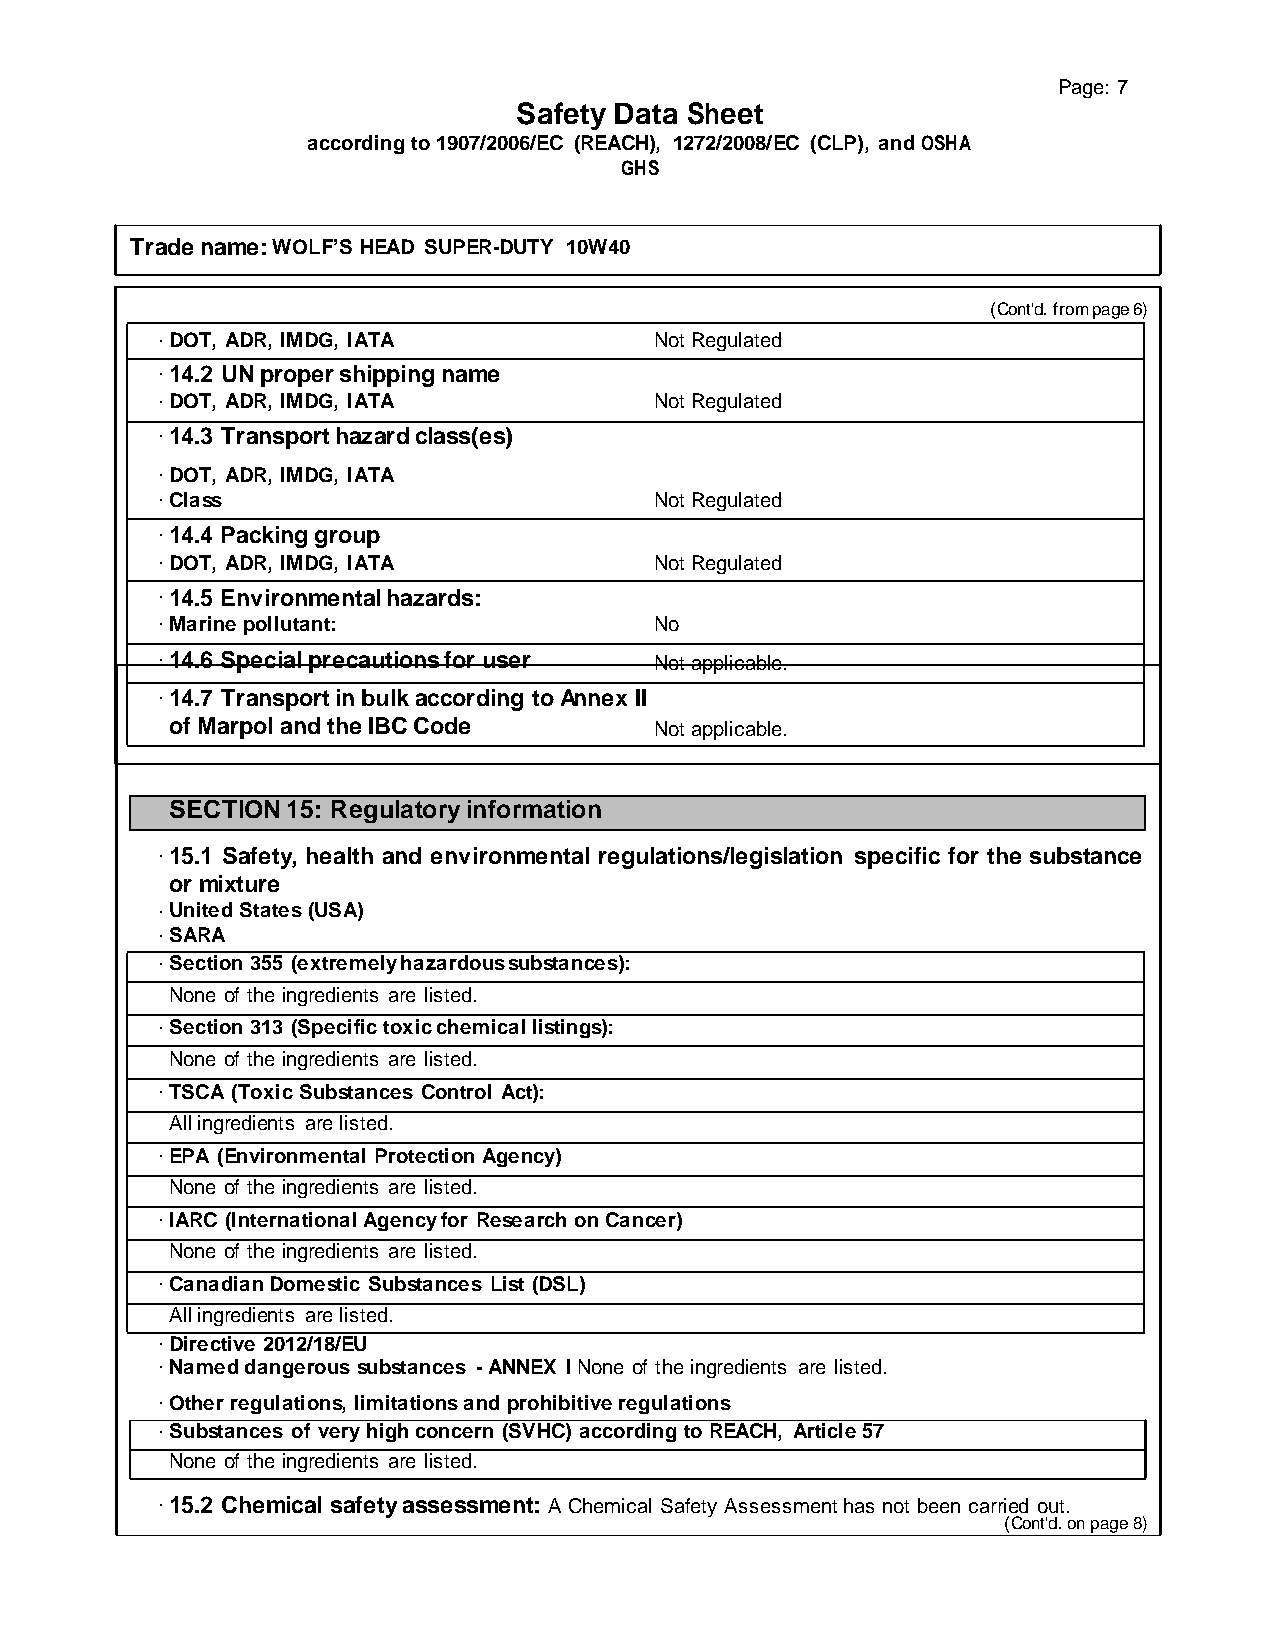
Page: 7
 Safety Data Sheet
 according to 1907/2006/EC (REACH), 1272/2008/EC (CLP), and OSHA
 GHS
 Trade name: WOLF’S HEAD SUPER-DUTY 10W40
 (Cont'd. from page 6)
 · DOT, ADR, IMDG, IATA           Not Regulated
 · 14.2 UN proper shipping name
 · DOT, ADR, IMDG, IATA           Not Regulated
 · 14.3 Transport hazard class(es)
 · DOT, ADR, IMDG, IATA
 · Class                          Not Regulated
 · 14.4 Packing group
 · DOT, ADR, IMDG, IATA           Not Regulated
 · 14.5 Environmental hazards:
 · Marine pollutant:              No
 · 14.6 Special precautions for user Not applicable.
 · 14.7 Transport in bulk according to Annex II
 of Marpol and the IBC Code      Not applicable.
 SECTION 15: Regulatory information
 · 15.1 Safety, health and environmental regulations/legislation specific for the substance
 or mixture
 · United States (USA)
 · SARA
 · Section 355 (extremely hazardous substances):
 None of the ingredients are listed.
 · Section 313 (Specific toxic chemical listings):
 None of the ingredients are listed.
 · TSCA (Toxic Substances Control Act):
 All ingredients are listed.
 · EPA (Environmental Protection Agency)
 None of the ingredients are listed.
 · IARC (International Agency for Research on Cancer)
 None of the ingredients are listed.
 · Canadian Domestic Substances List (DSL)
 All ingredients are listed.
 · Directive 2012/18/EU
 · Named dangerous substances - ANNEX I None of the ingredients are listed.
 · Other regulations, limitations and prohibitive regulations
 · Substances of very high concern (SVHC) according to REACH, Article 57
 None of the ingredients are listed.
 · 15.2 Chemical safety assessment: A Chemical Safety Assessment has not been carried out.
 (Cont'd. on page 8)